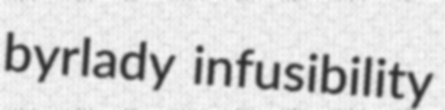
byrlady infusibility